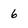
Character: 6